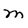
Character: m